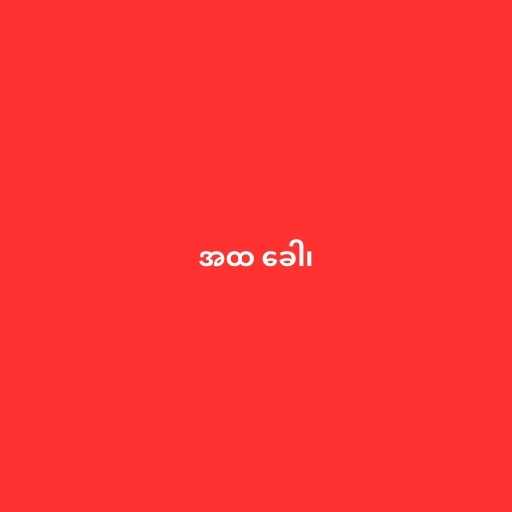
အထ ခေါ၊